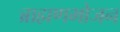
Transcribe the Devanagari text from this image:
ब्राह्मणभोजन